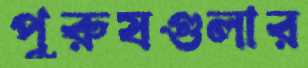
পুরুষগুলার